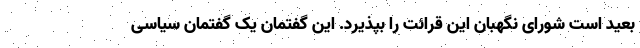
بعید است شورای نگهبان این قرائت را بپذیرد. این گفتمان یک گفتمان سیاسی